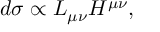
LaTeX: d \sigma \propto L _ { \mu \nu } H ^ { \mu \nu } ,